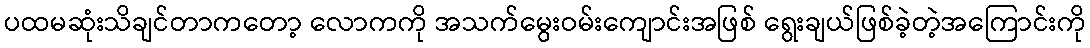
ပထမဆုံးသိချင်တာကတော့ လောကကို အသက်မွေးဝမ်းကျောင်းအဖြစ် ရွေးချယ်ဖြစ်ခဲ့တဲ့အကြောင်းကို